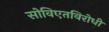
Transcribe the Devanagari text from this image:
सोविएतविरोधी